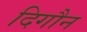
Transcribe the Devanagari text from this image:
दिगौन